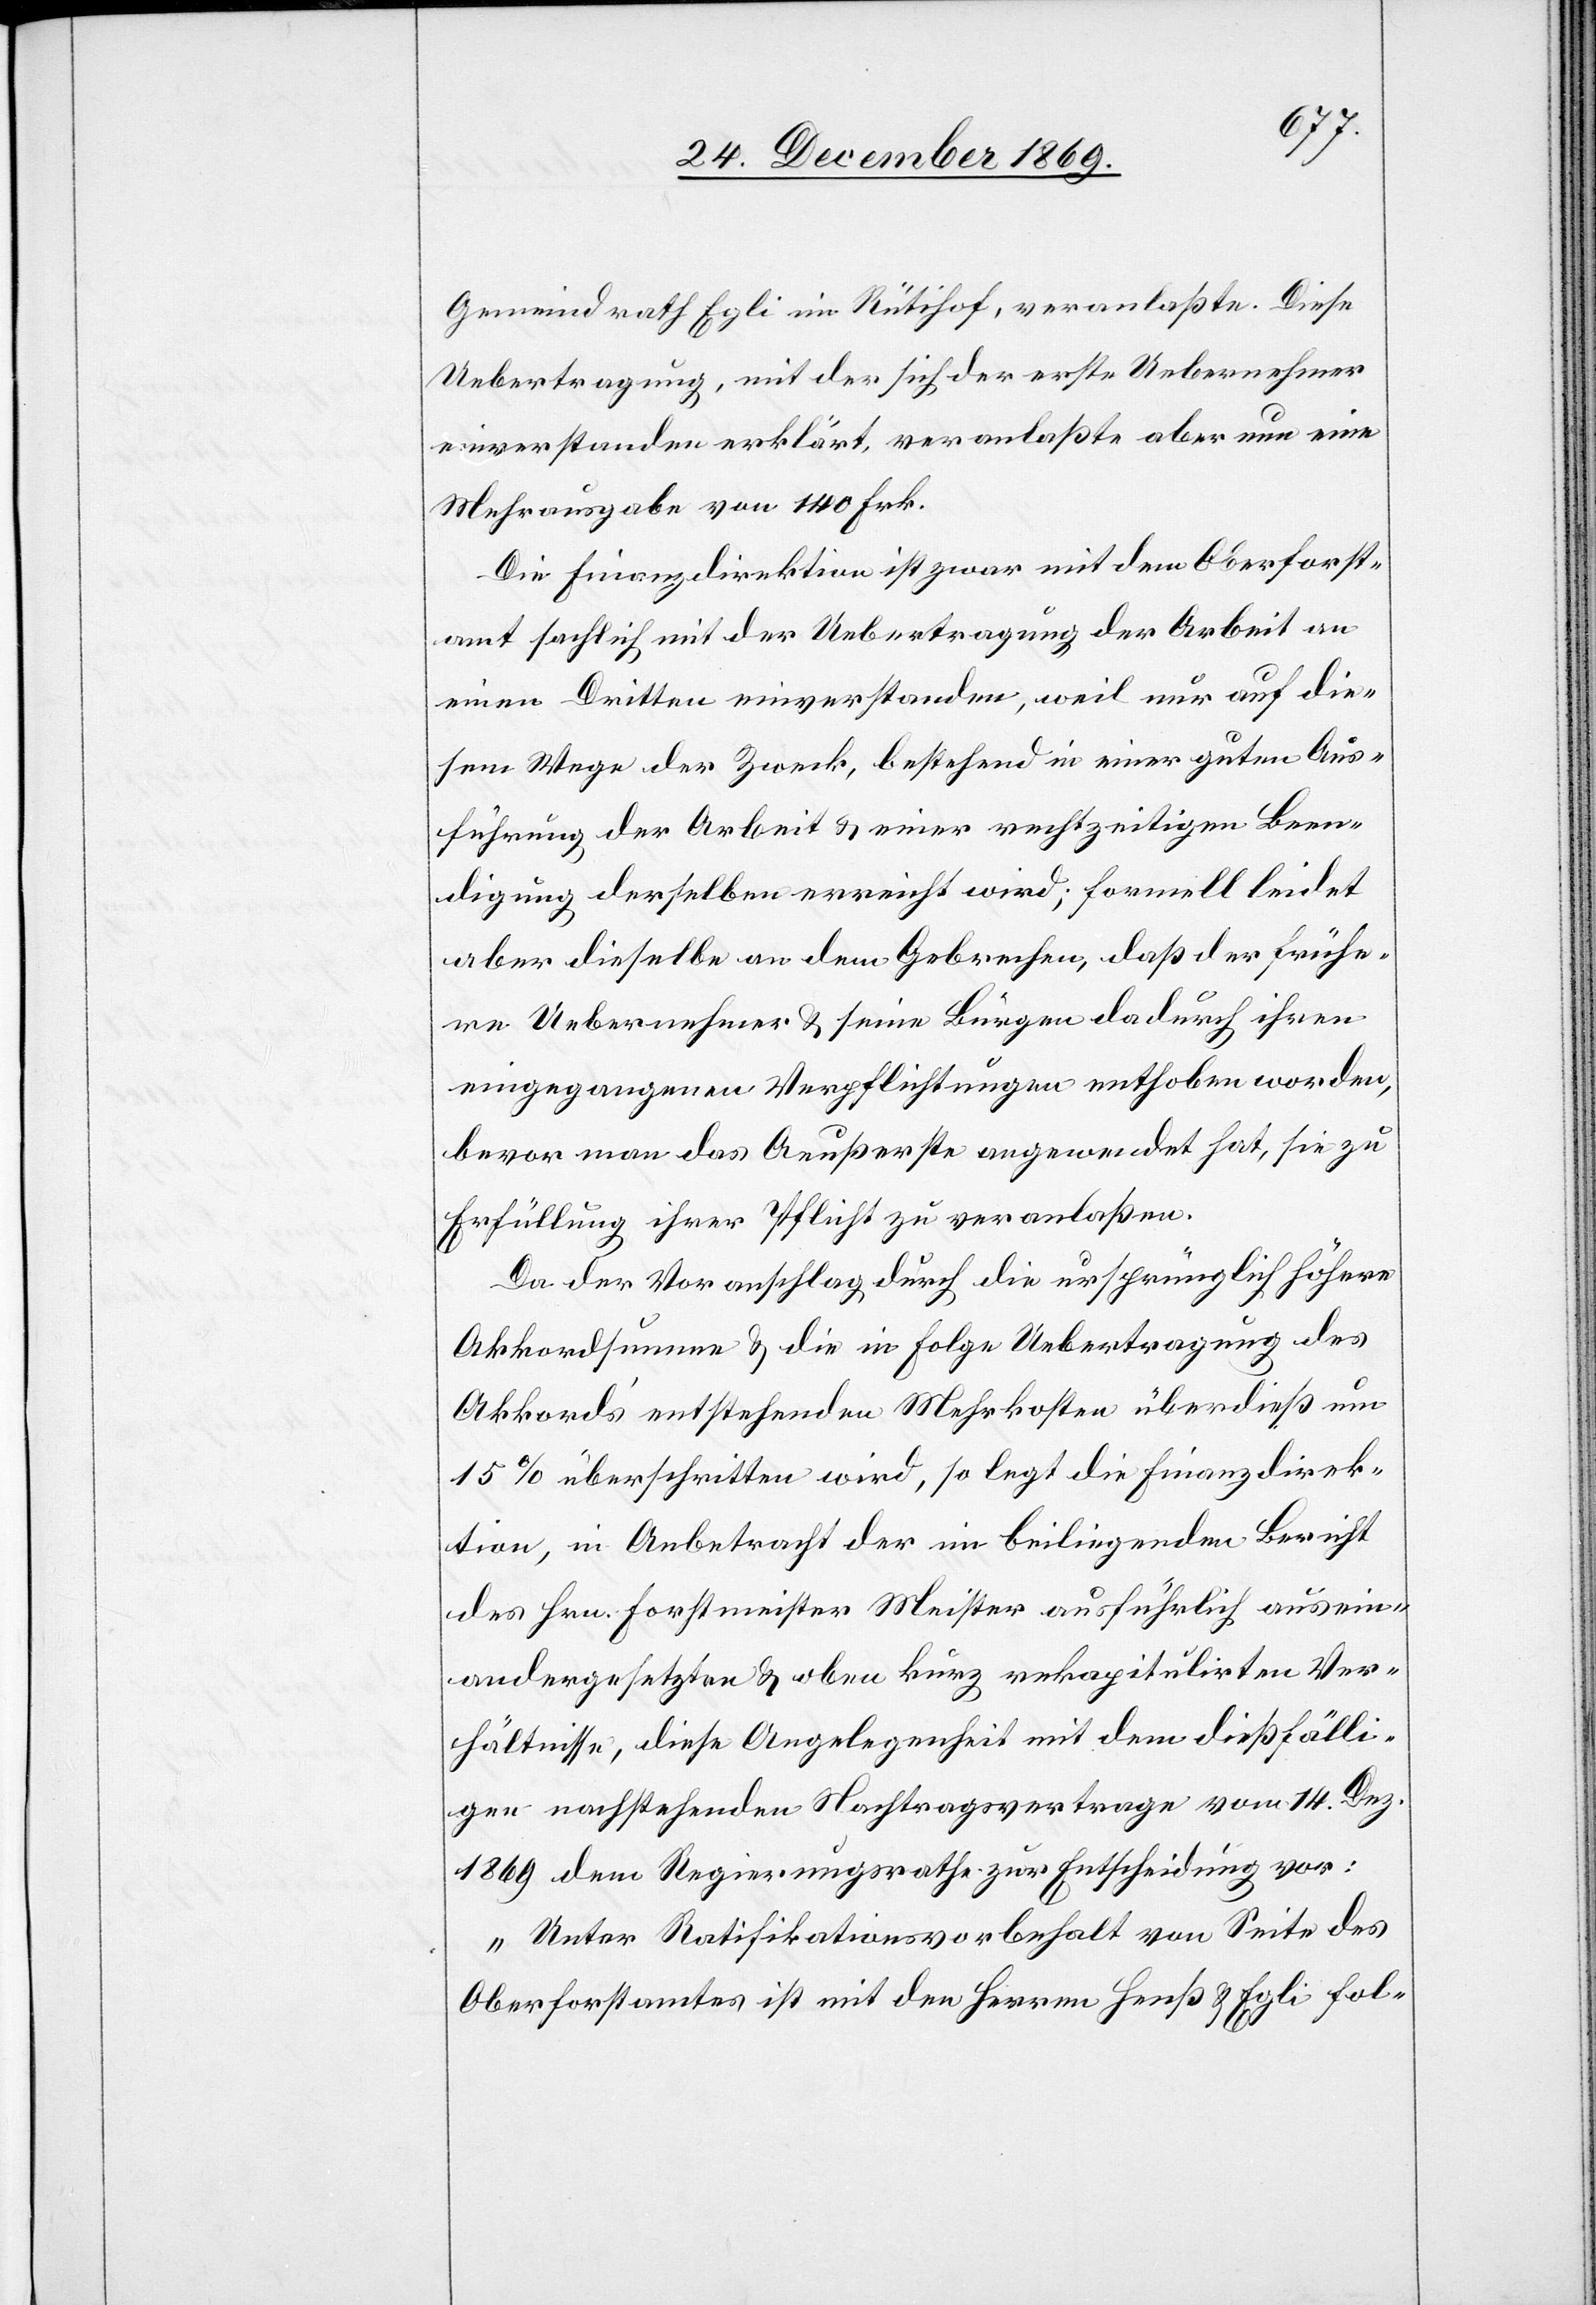
Gemeindrath Egli im Rütihof, veranlaßte. Diese
Uebertragung, mit der sich der erste Uebernehmer
einverstanden erklärt, veranlaßte aber nun eine
Mehrausgabe von 140 Frk.
Die Finanzdirektion ist zwar mit dem Oberforst¬
amt sachlich mit der Uebertragung der Arbeit an
einen Dritten einverstanden, weil nur auf die¬
sem Wege der Zweck, bestehend in einer guten Aus¬
führung der Arbeit & einer rechtzeitigen Been¬
digung derselben erreicht wird; formell leidet
aber dieselbe an dem Gebrechen, daß der frühe¬
re Uebernehmer & seine Bürgen dadurch ihren
eingegangenen Verpflichtungen enthoben worden,
bevor man das Aeußerste angewendet hat, sie zu
Erfüllung ihrer Pflicht zu veranlaßen.
Da der Voranschlag durch die ursprünglich höhere
Akkordsumme & die in Folge Uebertragung des
Akkord’s entstehenden Mehrkosten überdieß um
15% überschritten wird, so legt die Finanzdirek¬
tion, in Anbetracht der im beiliegenden Bericht
des Hrn. Forstmeister Meister ausführlich ausein¬
andergesetzten & oben kurz rekapitulirten Ver¬
hältnisse, diese Angelegenheit mit dem dießfälli¬
gen nachstehenden Nachtragsvertrage vom 14. Dez.
1869 dem Regierungsrathe zur Entscheidung vor:
„Unter Ratifikationsvorbehalt von Seite des
Oberforstamtes ist mit den Herren Henß [sic!] & Egli fol-